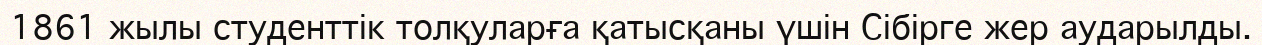
1861 жылы студенттік толқуларға қатысқаны үшін Сібірге жер аударылды.